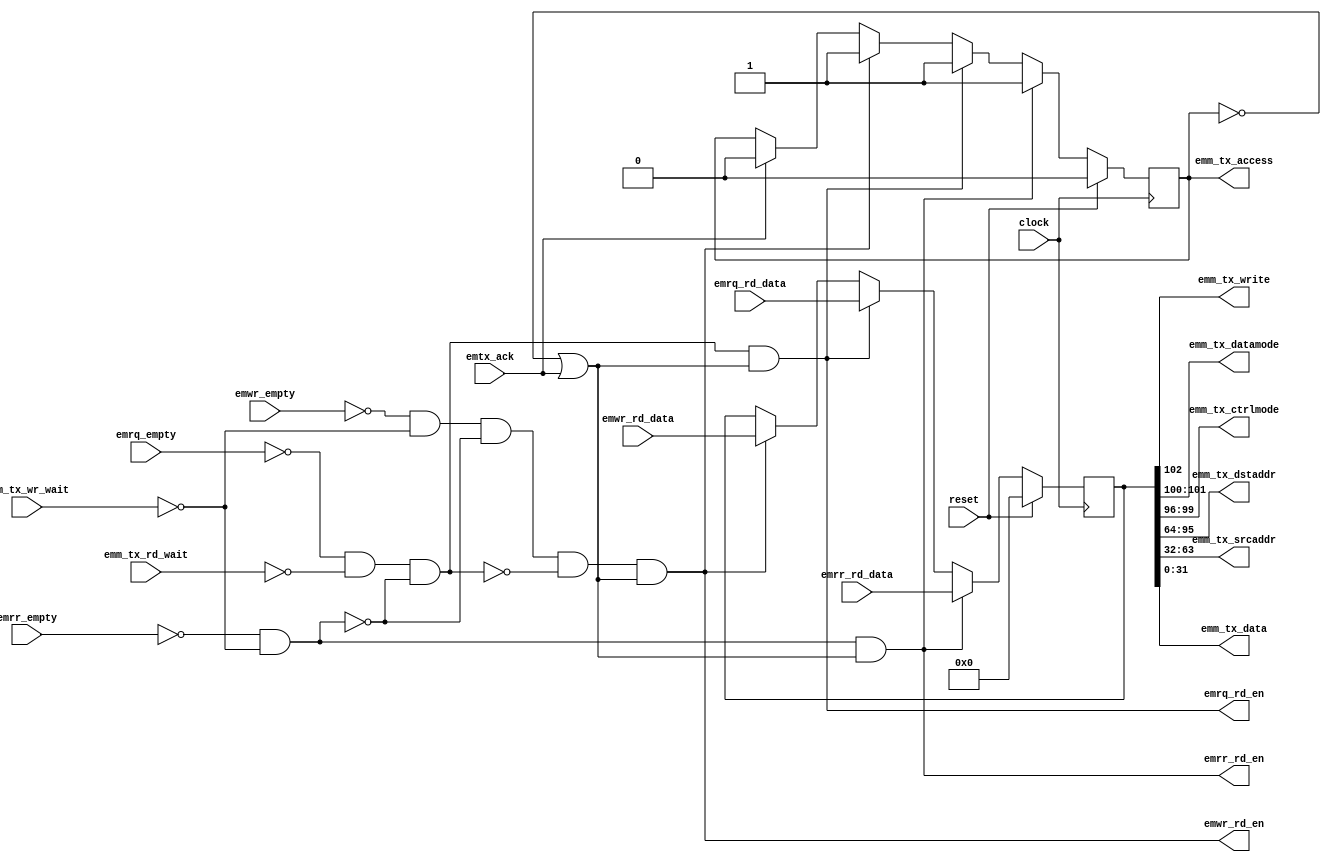
module earb (/*AUTOARG*/
   // Outputs
   emwr_rd_en, emrq_rd_en, emrr_rd_en, emm_tx_access, emm_tx_write,
   emm_tx_datamode, emm_tx_ctrlmode, emm_tx_dstaddr, emm_tx_srcaddr,
   emm_tx_data,
   // Inputs
   clock, reset, emwr_rd_data, emwr_empty, emrq_rd_data, emrq_empty,
   emrr_rd_data, emrr_empty, emm_tx_rd_wait, emm_tx_wr_wait, emtx_ack
   );

   // TX clock
   input          clock;
   input          reset;
   
   // FIFO slave port, writes
   input [102:0]  emwr_rd_data;
   output         emwr_rd_en;
   input          emwr_empty;
   
   // FIFO slave port, read requests
   input [102:0]  emrq_rd_data;
   output         emrq_rd_en;
   input          emrq_empty;
   
   // FIFO slave port, read responses
   input [102:0]  emrr_rd_data;
   output         emrr_rd_en;
   input          emrr_empty;

   // eMesh master port, to TX
   output         emm_tx_access;
   output         emm_tx_write;
   output [1:0]   emm_tx_datamode;
   output [3:0]   emm_tx_ctrlmode;
   output [31:0]  emm_tx_dstaddr;
   output [31:0]  emm_tx_srcaddr;
   output [31:0]  emm_tx_data;
   input          emm_tx_rd_wait;
   input          emm_tx_wr_wait;

   // Ack from TX protocol module
   input          emtx_ack;

   // Control bits inputs (none)

   // output wires
   wire           emm_tx_access;
   wire           emm_tx_write;
   wire [1:0]     emm_tx_datamode;
   wire [3:0]     emm_tx_ctrlmode;
   wire [31:0]    emm_tx_dstaddr;
   wire [31:0]    emm_tx_srcaddr;
   wire [31:0]    emm_tx_data;
   
   //############
   //# Arbitrate & forward
   //############

   reg            ready;
   reg [102:0]    fifo_data;

   // priority-based ready signals
   wire           rr_ready = ~emrr_empty & ~emm_tx_wr_wait;
   wire           rq_ready = ~emrq_empty & ~emm_tx_rd_wait & ~rr_ready;
   wire           wr_ready = ~emwr_empty & ~emm_tx_wr_wait & ~rr_ready & ~rq_ready;

   // FIFO read enables, when we're idle or done with the current datum
   wire           emrr_rd_en = rr_ready & (~ready | emtx_ack);
   wire           emrq_rd_en = rq_ready & (~ready | emtx_ack);
   wire           emwr_rd_en = wr_ready & (~ready | emtx_ack);
   
   always @ (posedge clock) begin
      if( reset ) begin

         ready     <= 1'b0;
         fifo_data <= 'd0;

      end else begin

         if( emrr_rd_en ) begin

            ready <= 1'b1;
            fifo_data <= emrr_rd_data;

         end else if( emrq_rd_en ) begin

            ready <= 1'b1;
            fifo_data <= emrq_rd_data;

         end else if( emwr_rd_en ) begin

            ready <= 1'b1;
            fifo_data <= emwr_rd_data;

         end else if( emtx_ack ) begin

            ready <= 1'b0;

         end
      end // else: !if( reset )
   end // always @ (posedge clock)
      
   //#############################
   //# Break-out the emesh signals
   //#############################
   
   assign emm_tx_access   = ready;
   assign emm_tx_write    = fifo_data[102];
   assign emm_tx_datamode = fifo_data[101:100];
   assign emm_tx_ctrlmode = fifo_data[99:96];
   assign emm_tx_dstaddr  = fifo_data[95:64];
   assign emm_tx_srcaddr  = fifo_data[63:32];
   assign emm_tx_data     = fifo_data[31:0];

endmodule